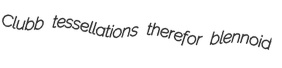
Clubb tessellations therefor blennoid